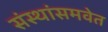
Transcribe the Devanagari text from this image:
संस्थांसमवेत